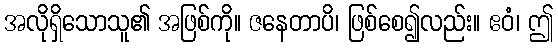
အလိုရှိသောသူ၏ အဖြစ်ကို။ ဇနေတာပိ၊ ဖြစ်စေ၍လည်း။ ဧဝံ၊ ဤ